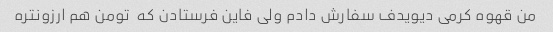
من قهوه کرمی دیویدف سفارش دادم ولی فاین فرستادن که  تومن هم ارزونتره